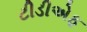
ટીડીએફ